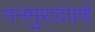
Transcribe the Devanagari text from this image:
मनमुरादपणे